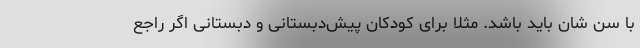
با سن شان باید باشد. مثلاً برای کودکان پیش‌دبستانی و دبستانی اگر راجع